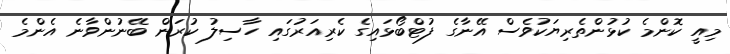
މިއީ ކޮންމެ ކުޅުންތެރިޔަކުވެސް އޭނާގެ ފުޓްބޯޅައިގެ ކެރިއަރުގައި ހާސިލު ކުރަން ބޭނުންވާނެ އެންމެ